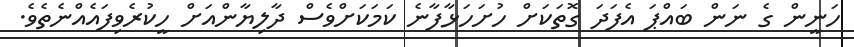
ހަނީން ގެ ނަން ބައްޕަ އެފަދަ ގޮތަކަށް ހުށަހަޅާފާނެ ކަމަކަށްވެސް ދާލިޔާންއަށް ހީކުރެވިފައެއްނެތެވެ.